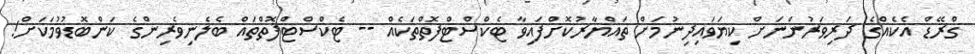
ގްރޭޑް އެކެއްގެ ދަރިވަރުންނަށް ކިޔަވައިދިނުމަށް ތައްޔާރުކޮށްފައިވާ ޓެކްސްޓްފޮތްތަކެއް -- ޓެކްސްޓްފޮތްތައް ބެލެނިވެރިންގެ ކަންބޮޑުވުމަކަށް!